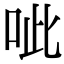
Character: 呲